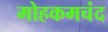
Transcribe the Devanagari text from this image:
मोहकमचंद